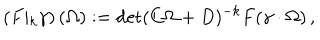
LaTeX: \left( F \vert _ { k } \gamma \right) ( \Omega ) : = \det ( C \Omega + D ) ^ { - k } F ( \gamma \cdot \Omega ) \, ,